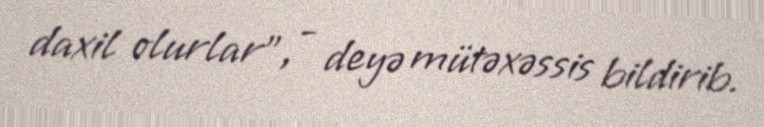
daxil olurlar", - deyə mütəxəssis bildirib.